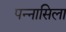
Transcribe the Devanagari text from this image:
पन्नासिला